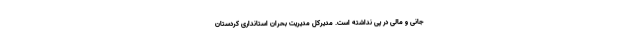
جانی و مالی در پی نداشته است. مدیرکل مدیریت بحران استانداری کردستان